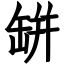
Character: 缾